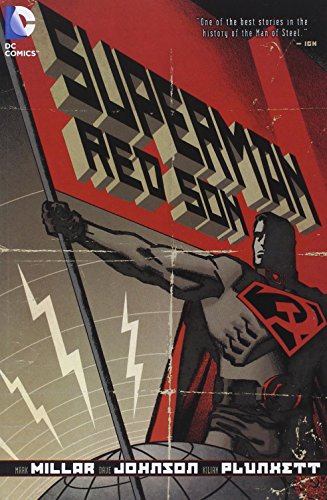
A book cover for Superman: Red Son (New Edition); Mark Millar; Comics & Graphic Novels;